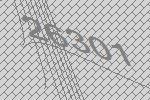
26301